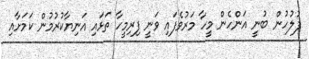
ފުލުހުން ބުނީ އަންހެން މީހާ މަރުވެފައި ވަނީ ފިރިމީހާ ތަޅައި އަނިޔާކުރުމުން ކަމަށާއި